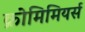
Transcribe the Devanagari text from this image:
क्रोमिमियर्स